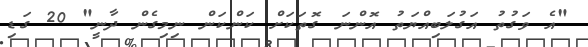
"އެ ވަގުތު އަގުލަބިއްޔަތު އޮންނަ ގޮތަކަށް ކަންކަން ނިމިގެން ދާނީ" 20 ގަޑި